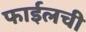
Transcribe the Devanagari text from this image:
फाईलची